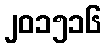
၂၀၁၅၁၆